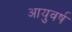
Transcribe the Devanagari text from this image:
आयुवर्ष